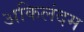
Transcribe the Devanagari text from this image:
अकिलंदम